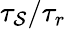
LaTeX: \tau_{\mathcal{S}}/\tau_{r}